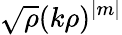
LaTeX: \sqrt{\rho}(k\rho)^{\vert m\vert}